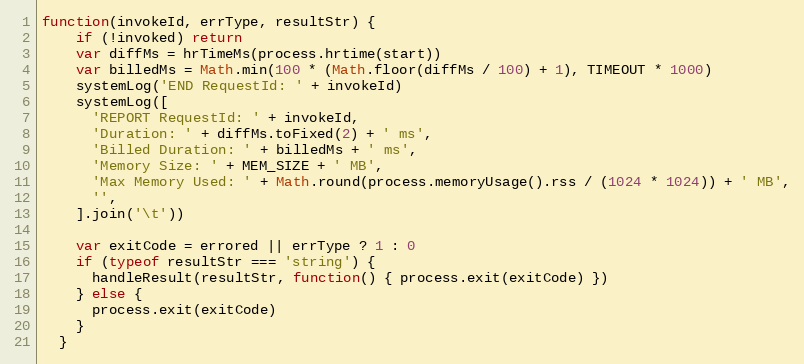
Language: JavaScript
function(invokeId, errType, resultStr) {
    if (!invoked) return
    var diffMs = hrTimeMs(process.hrtime(start))
    var billedMs = Math.min(100 * (Math.floor(diffMs / 100) + 1), TIMEOUT * 1000)
    systemLog('END RequestId: ' + invokeId)
    systemLog([
      'REPORT RequestId: ' + invokeId,
      'Duration: ' + diffMs.toFixed(2) + ' ms',
      'Billed Duration: ' + billedMs + ' ms',
      'Memory Size: ' + MEM_SIZE + ' MB',
      'Max Memory Used: ' + Math.round(process.memoryUsage().rss / (1024 * 1024)) + ' MB',
      '',
    ].join('\t'))

    var exitCode = errored || errType ? 1 : 0
    if (typeof resultStr === 'string') {
      handleResult(resultStr, function() { process.exit(exitCode) })
    } else {
      process.exit(exitCode)
    }
  }